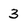
Character: 3